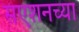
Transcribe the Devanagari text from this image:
सएशनच्या